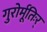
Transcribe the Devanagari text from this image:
गुरोर्मूतिःर्